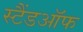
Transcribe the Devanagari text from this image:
स्टैंडऑफ